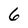
Character: 6